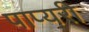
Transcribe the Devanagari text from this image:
पाप्यरी